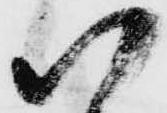
い